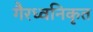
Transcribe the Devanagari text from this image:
गैरध्वनिकृत